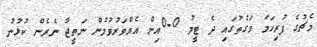
މެޗުގެ ފުރިހަމަ ވަގުތުގައި ދެ ޓީމު 0-0އިން އެއްވަރުވުމުން ނަތީޖާ ނެރެން ކުޅުނު